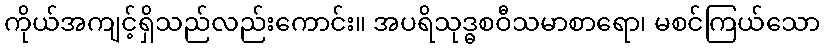
ကိုယ်အကျင့်ရှိသည်လည်းကောင်း။ အပရိသုဒ္ဓစဝီသမာစာရော၊ မစင်ကြယ်သော